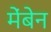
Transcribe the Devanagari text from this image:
मेंबेन